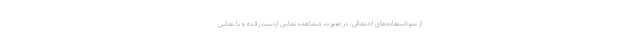
از سوءاستفاده‌های احتمالی، در صورت مشاهده تماس ازدست‌رفته و یا تماس